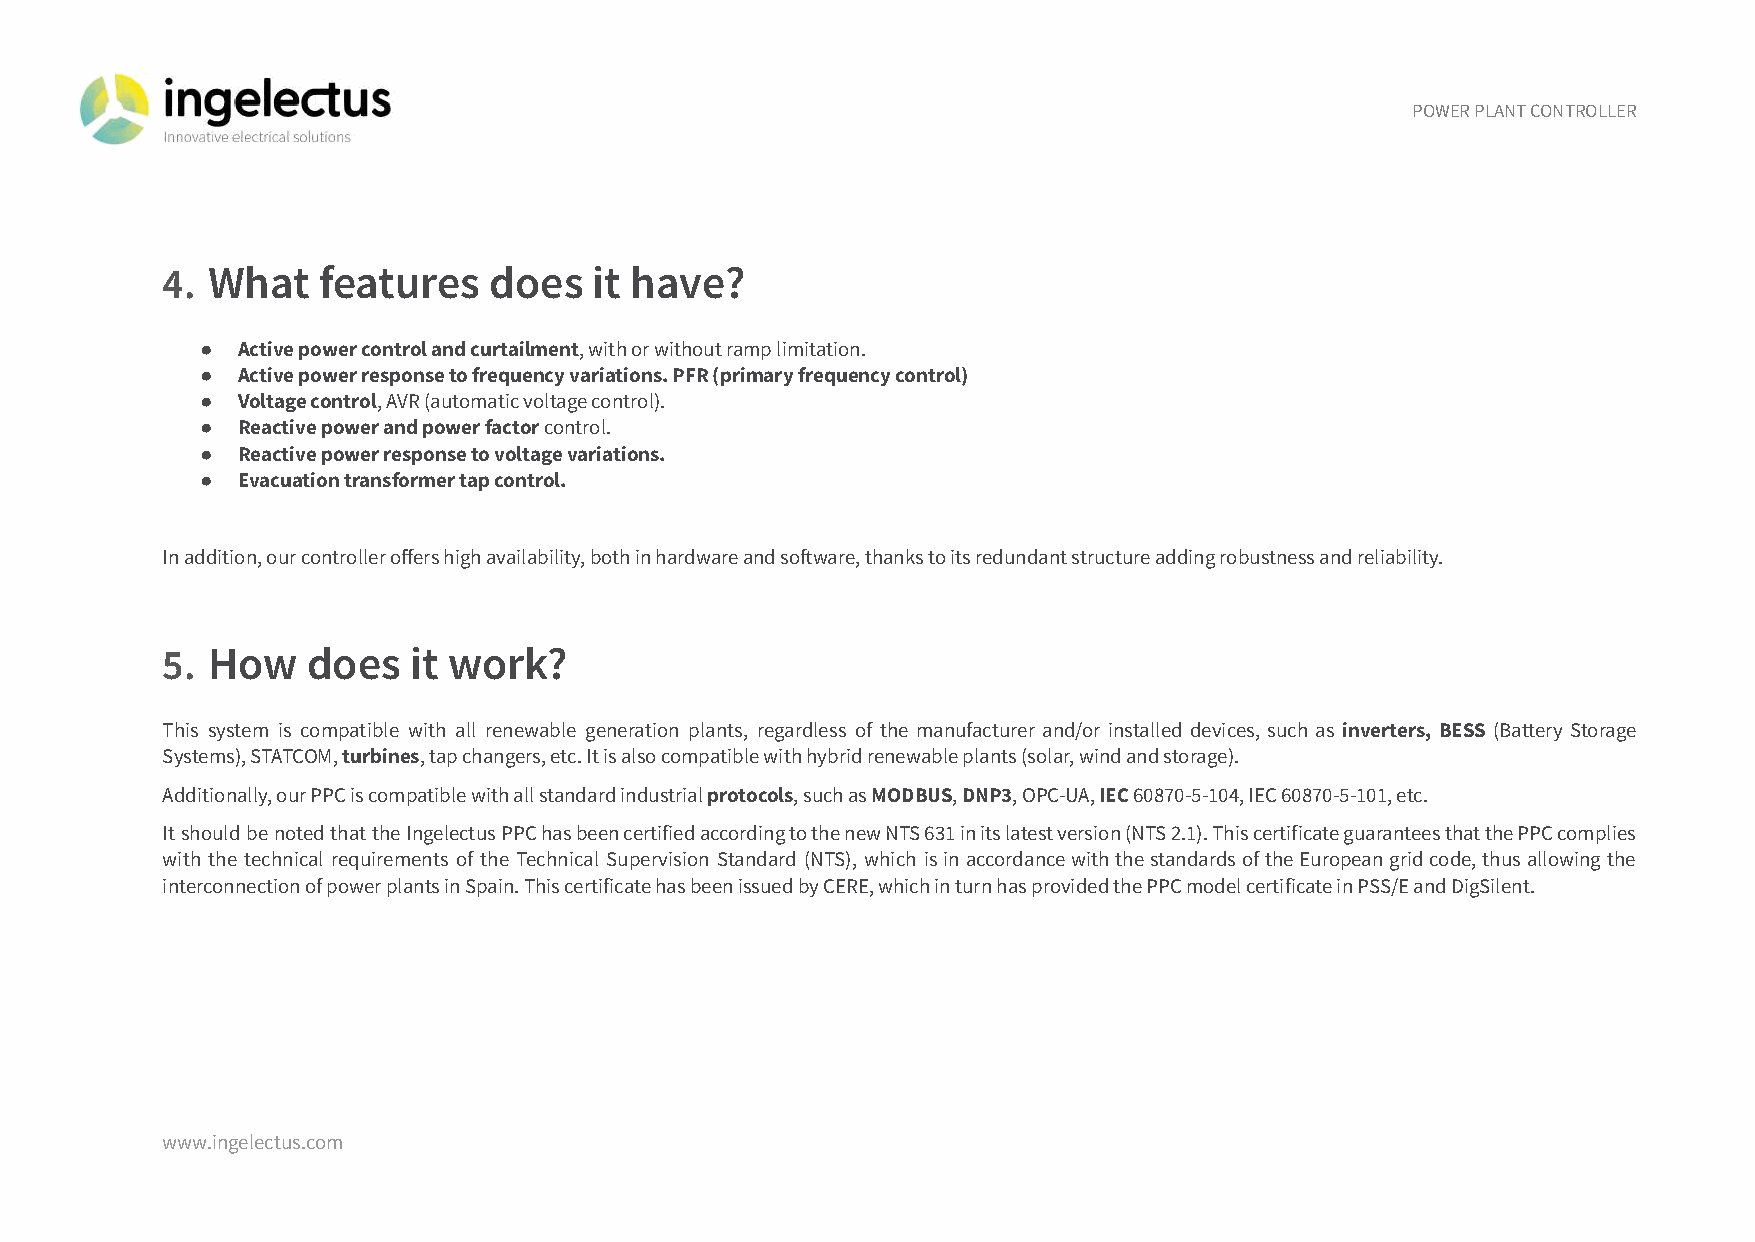
POWER PLANT CONTROLLER
 4. What   features   does   it have?
 ●  Active power control and curtailment, with or withoutramp limitation.
 ●  Active power response to frequency variations. PFR (primary frequency control)
 ●  Voltage control, AVR (automatic voltage control).
 ●  Reactive power and power factorcontrol.
 ●  Reactive power response to voltage variations.
 ●  Evacuation transformer tap control.
 In addition, our controller offers high availability, both in hardware and soware, thanks to its redundant structure adding robustness and reliability.
 5. How   does   it work?
 This system is compatible with all renewable generation plants, regardless of the manufacturer and/or installed devices, such as inverters, BESS (Battery Storage
 Systems), STATCOM,turbines, tap changers, etc. Itis also compatible with hybrid renewable plants (solar, wind and storage).
 Additionally, our PPC is compatible with all standard industrialprotocols, such asMODBUS,DNP3, OPC-UA,IEC60870-5-104, IEC 60870-5-101, etc.
 ItshouldbenotedthattheIngelectusPPChasbeencertifiedaccordingtothenewNTS631initslatestversion(NTS2.1).ThiscertificateguaranteesthatthePPCcomplies
 with the technical requirements of the Technical Supervision Standard (NTS), which isinaccordancewiththestandardsoftheEuropeangridcode,thusallowingthe
 interconnection of power plants in Spain. This certificate has been issued by CERE, which in turn has provided the PPC model certificate in PSS/E and DigSilent.
 www.ingelectus.com